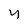
Character: y